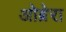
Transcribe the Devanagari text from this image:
ओब्रेरा